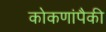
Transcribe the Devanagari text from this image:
कोकणांपैकी